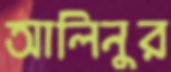
আলিনুর